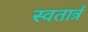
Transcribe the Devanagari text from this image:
स्वतार्त्र